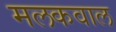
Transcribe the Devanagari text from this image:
मलकवाल